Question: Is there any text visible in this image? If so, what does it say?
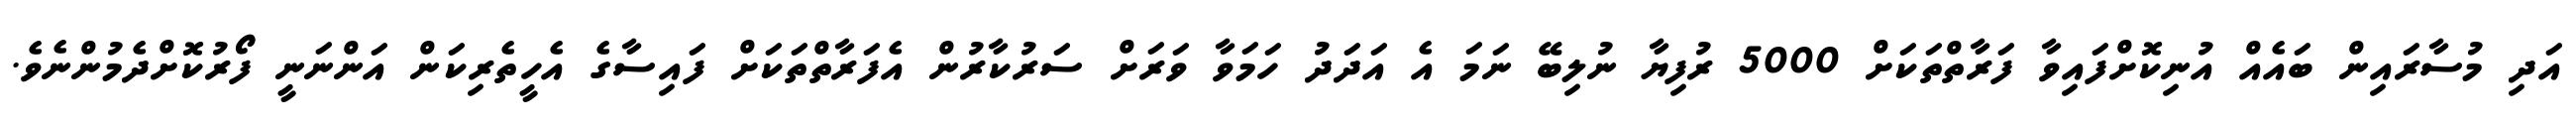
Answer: އަދި މުސާރައިން ބައެއް އުނިކޮށްފައިވާ ފަރާތްތަކަށް 5000 ރުފިޔާ ނުލިބޭ ނަމަ އެ އަދަދު ހަމަވާ ވަރަށް ސަރުކާރުން އެފަރާތްތަކަށް ފައިސާގެ އެހީތެރިކަން އަންނަނީ ފޯރުކޮށްދެމުންނެވެ.